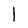
Character: l